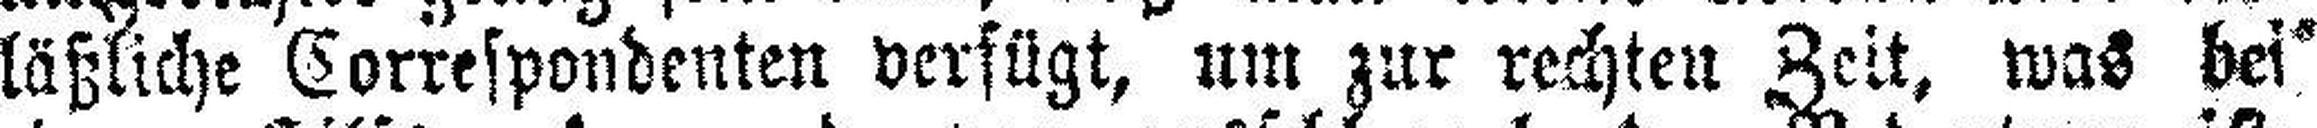
läßliche Correspondenten verfügt, um zur rechten Zeit, was bei